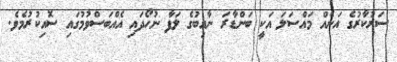
ސަރުކާރުގެ އަނެއް މައްސަލަ އަކީ ބަންޑާރަ ނާއިބުގެ ލަފާ ނުހޯދައި އެއްބަސްވުމުގައި ސޮއިކުރުމެވެ.